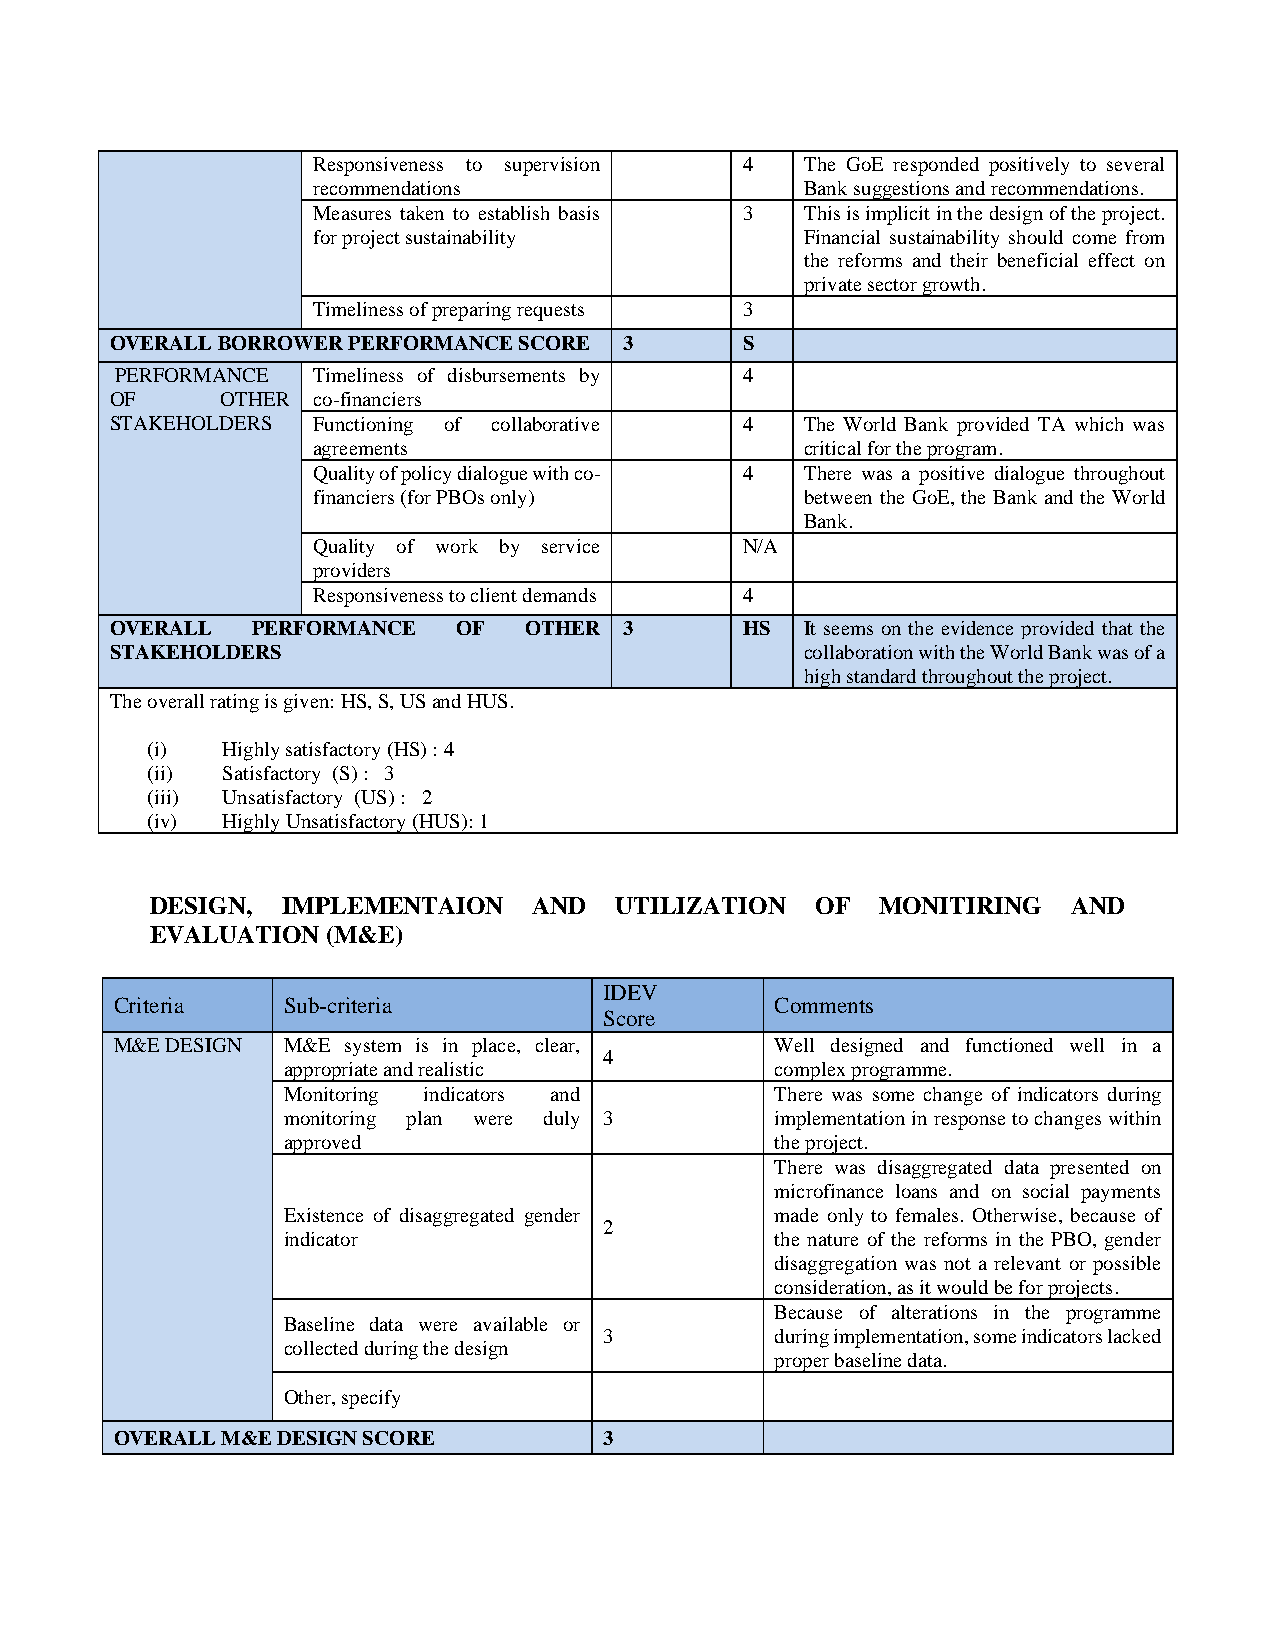
Responsiveness to supervision 4 The GoE responded positively to several
 recommendations                 Bank suggestions and recommendations.
 Measures taken to establish basis 3 This is implicit in the design of the project.
 for project sustainability      Financial sustainability should come from
 the reforms and their beneficial effect on
 private sector growth.
 Timeliness of preparing requests 3
 OVERALL BORROWER PERFORMANCE SCORE 3      S
 PERFORMANCE  Timeliness of disbursements by 4
 OF      OTHER co-financiers
 STAKEHOLDERS  Functioning of collaborative 4  The World Bank provided TA which was
 agreements                      critical for the program.
 Quality of policy dialogue with co- 4 There was a positive dialogue throughout
 financiers (for PBOs only)      between the GoE, the Bank and the World
 Bank.
 Quality of work by service  N/A
 providers
 Responsiveness to client demands 4
 OVERALL   PERFORMANCE  OF   OTHER 3       HS  It seems on the evidence provided that the
 STAKEHOLDERS                                  collaboration with the World Bank was of a
 high standard throughout the project.
 The overall rating is given: HS, S, US and HUS.
 (i)  Highly satisfactory (HS) : 4
 (ii) Satisfactory (S) : 3
 (iii) Unsatisfactory (US) : 2
 (iv) Highly Unsatisfactory (HUS): 1
 DESIGN,  IMPLEMENTAION   AND   UTILIZATION  OF  MONITIRING   AND
 EVALUATION  (M&E)
 IDEV
 Criteria   Sub-criteria                    Comments
 Score
 M&E DESIGN M&E system is in place, clear,  Well designed and functioned well in a
 4
 appropriate and realistic       complex programme.
 Monitoring indicators and       There was some change of indicators during
 monitoring plan were duly 3     implementation in response to changes within
 approved                        the project.
 There was disaggregated data presented on
 microfinance loans and on social payments
 Existence of disaggregated gender made only to females. Otherwise, because of
 2
 indicator                       the nature of the reforms in the PBO, gender
 disaggregation was not a relevant or possible
 consideration, as it would be for projects.
 Because of alterations in the programme
 Baseline data were available or
 3          during implementation, some indicators lacked
 collected during the design
 proper baseline data.
 Other, specify
 OVERALL M&E DESIGN SCORE        3